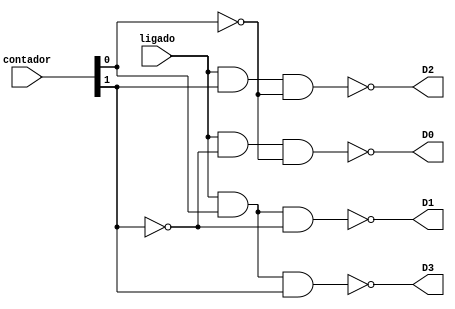
module Demux1_4_7seg(D0, D1, D2, D3, ligado, contador);
    input ligado;
    input [1:0] contador;
    
    output D0, D1, D2, D3;
	 wire not_cont_0,not_cont_1;
	 not (not_cont_0,contador[0]);
	 not (not_cont_1,contador[1]);
	 
	 nand digito1 (D0, ligado ,not_cont_1,not_cont_0);
	 nand digito2 (D1, ligado ,contador[0],not_cont_1);
	 nand digito3 (D2, ligado ,contador[1],not_cont_0);
	 nand digito4 (D3, ligado ,contador[0],contador[1]);
     
endmodule